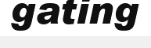
gating